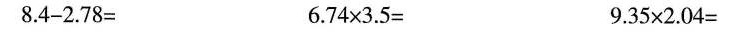
$$8 . 4 - 2 .7 8 =$$ $$6 . 7 4 \times 3 . 5 =$$ $$9 . 3 5 \times 2 .0 4 =$$